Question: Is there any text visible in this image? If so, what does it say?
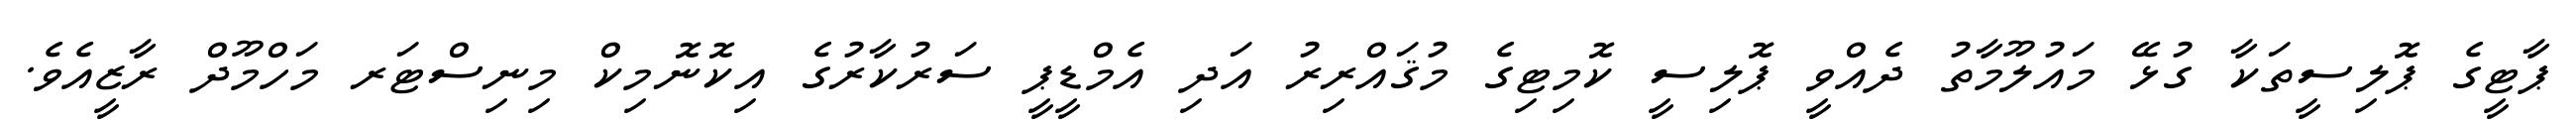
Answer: ޕާޓީގެ ޕޮލިސީތަކާ ގުޅޭ މައުލޫމާތު ދެއްވީ ޕޮލިސީ ކޮމިޓިގެ މުޤައްރިރު އަދި އެމްޑީޕީ ސަރުކާރުގެ އިކޮނޮމިކް މިނިސްޓަރ މަހްމޫދް ރާޒީއެވެ.